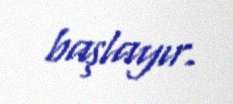
başlayır.